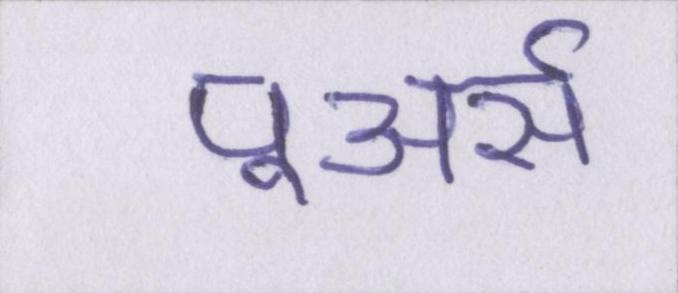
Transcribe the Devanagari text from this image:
पूअर्स